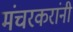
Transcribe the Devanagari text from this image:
मंचरकरांनी